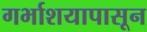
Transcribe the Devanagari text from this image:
गर्भाशयापासून